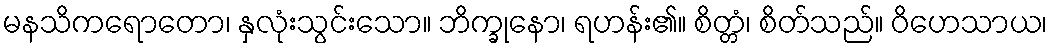
မနသိကရောတော၊ နှလုံးသွင်းသော။ ဘိက္ခုနော၊ ရဟန်း၏။ စိတ္တံ၊ စိတ်သည်။ ဝိဟေသာယ၊